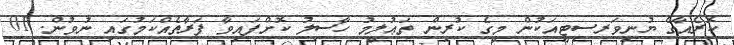
ކޮރެއާގެ ޔުނިވަރސިޓީއަކުން މީގެ ކުރިން ތަޢުލީމު ހާސިލު ކޮށްފައިވާ ފަރާތެއްކަމުގައި ނުވުން. 01